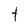
Character: t